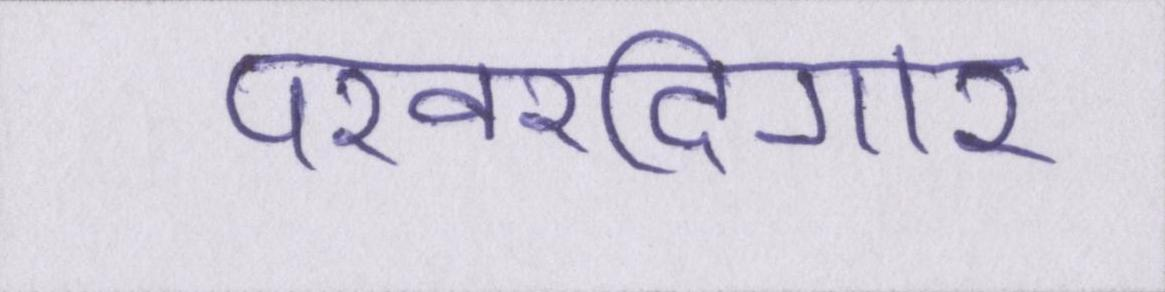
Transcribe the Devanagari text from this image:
परवरदिगार